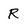
Character: R